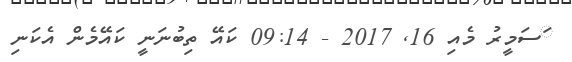
ަސަމީރު މެއި 16